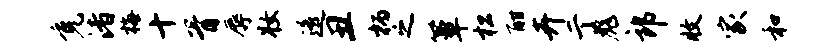
免渚梅十胥辱妆遥丑柄之簟松酣卉亍彪郎收家和